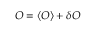
O = \langle O \rangle + \delta O